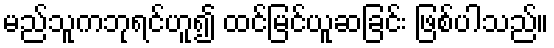
မည်သူကဘုရင်ဟူ၍ ထင်မြင်ယူဆခြင်း ဖြစ်ပါသည်။